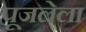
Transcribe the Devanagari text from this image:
पूजलेला